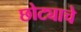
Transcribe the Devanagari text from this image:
छोट्याचे